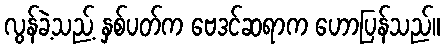
လွန်ခဲ့သည့် နှစ်ပတ်က ဗေဒင်ဆရာက ဟောပြန်သည်။